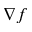
\nabla f